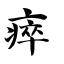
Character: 瘁